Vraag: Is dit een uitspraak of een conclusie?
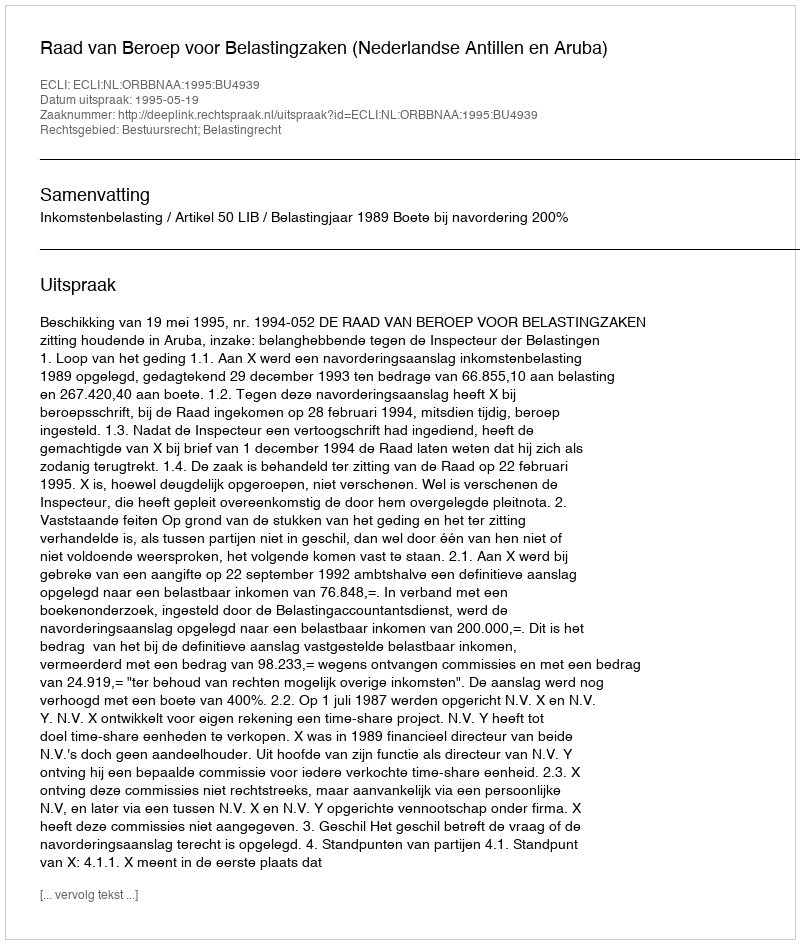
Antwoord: Uitspraak